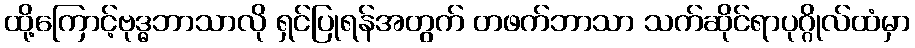
ထို့ကြောင့်ဗုဒ္ဓဘာသာလို ရှင်ပြုရန်အတွက် တဖက်ဘာသာ သက်ဆိုင်ရာပုဂ္ဂိုလ်ထံမှာ